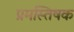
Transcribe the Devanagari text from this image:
प्रमस्तिषक